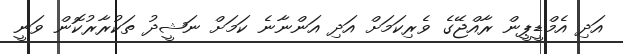
އަދި އެމްޑީޕީން ރާއްޖޭގެ ވެރިކަމަށް އަދި އަންނާނެ ކަމަށް ނަޝީދު ތަކުރާރުކޮން ވަނީ